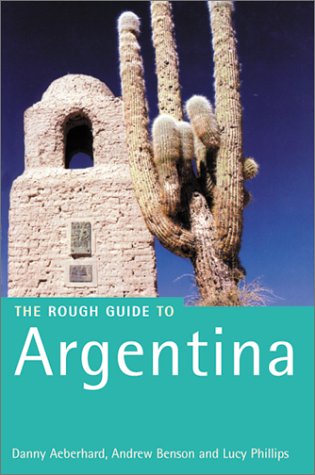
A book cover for The Rough Guide to Argentina; Danny Aeberhard; Travel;